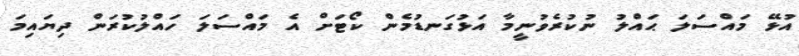
އުޅޭ މައްސަލަ ޙައްލު ނުކުރެވުނީމާ އަޅުގަނޑުމެން ކޯޓަށް އެ މައްސަލަ ހައްލުކުރަން ދިޔައިމަ